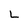
Character: L